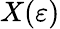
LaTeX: X(\varepsilon)